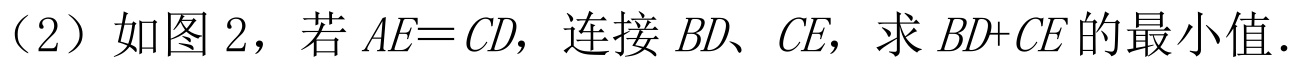
（2）如图 2，若 \(AE = CD\)，连接 \(BD\)、\(CE\)，求 \(BD + CE\) 的最小值.